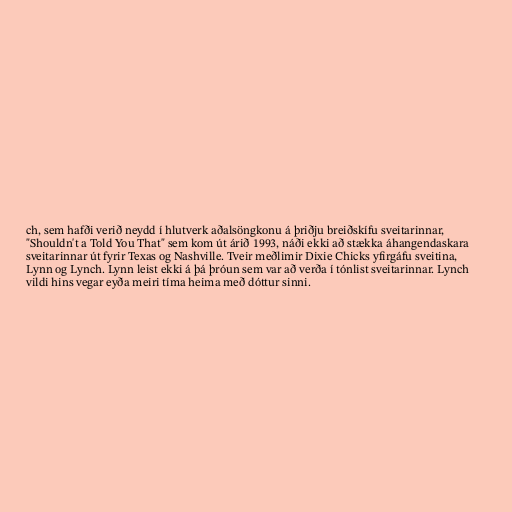
ch, sem hafði verið neydd í hlutverk aðalsöngkonu á þriðju breiðskífu sveitarinnar,
"Shouldn't a Told You That" sem kom út árið 1993, náði ekki að stækka áhangendaskara
sveitarinnar út fyrir Texas og Nashville. Tveir meðlimir Dixie Chicks yfirgáfu sveitina,
Lynn og Lynch. Lynn leist ekki á þá þróun sem var að verða í tónlist sveitarinnar. Lynch
vildi hins vegar eyða meiri tíma heima með dóttur sinni.